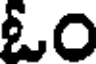
ఓం